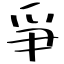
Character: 爭